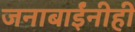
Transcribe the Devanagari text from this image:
जनाबाईंनीही